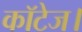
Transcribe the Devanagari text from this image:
कॉटेज।